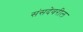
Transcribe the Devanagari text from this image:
संसदेवरील